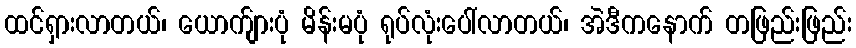
ထင်ရှားလာတယ်၊ ယောက်ျားပုံ မိန်းမပုံ ရုပ်လုံးပေါ်လာတယ်၊ အဲဒီကနောက် တဖြည်းဖြည်း